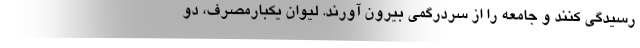
رسیدگی کنند و جامعه را از سردرگمی بیرون آورند. لیوان یکبارمصرف، دو